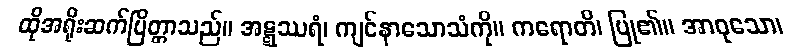
ထိုအရိုးဆက်ပြိတ္တာသည်။ အဋ္ဋဿရံ၊ ကျင်နာသောသံကို။ ကရောတိ၊ ပြု၏။ အာဝုသော၊